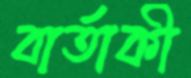
বার্তাকী